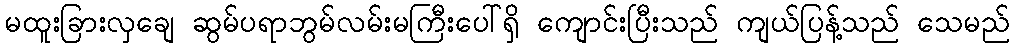
မထူးခြားလှချေ ဆွမ်ပရာဘွမ်လမ်းမကြီးပေါ်ရှိ ကျောင်းပြီးသည် ကျယ်ပြန့်သည် သေမည်